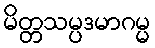
မိတ္တသမ္ပဒမာဂမ္မ